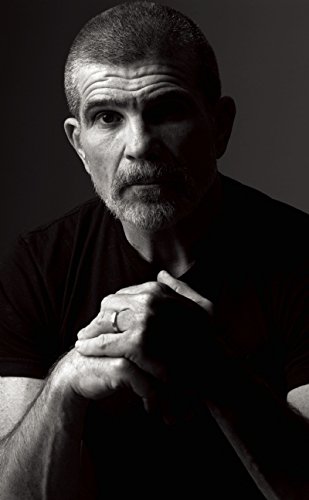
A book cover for China Doll; David Mamet; Politics & Social Sciences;